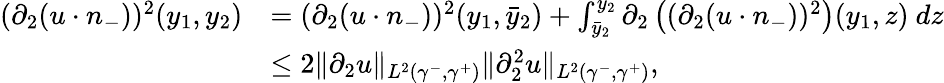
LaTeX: \begin{array}{rl}{(\partial_{2}(u\cdot n_{-}))^{2}(y_{1},y_{2})}&{=(\partial_{2}(u\cdot n_{-}))^{2}(y_{1},\bar{y}_{2})+\int_{\bar{y}_{2}}^{y_{2}}\partial_{2}\left((\partial_{2}(u\cdot n_{-}))^{2}\right)(y_{1},z)\ dz}\\ &{\leq 2\| \partial_{2}u\| _{L^{2}(\gamma^{-},\gamma^{+})}\| \partial_{2}^{2}u\| _{L^{2}(\gamma^{-},\gamma^{+})},}\end{array}